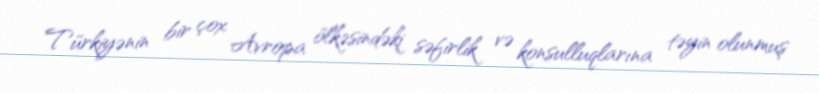
Türkiyənin bir çox Avropa ölkəsindəki səfirlik və konsulluqlarına təyin olunmuş